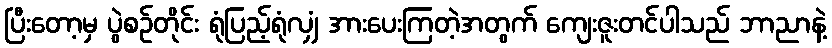
ပြီးတော့မှ ပွဲစဉ်တိုင်း ရုံပြည့်ရုံလျှံ အားပေးကြတဲ့အတွက် ကျေးဇူးတင်ပါသည် ဘာညာနဲ့